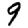
Digit: 9